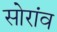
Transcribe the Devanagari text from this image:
सोरांव